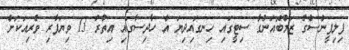
ފިލިޕީންސްގެ ޒަމްބޮއަންގާ ސިޓީގައި ހިނގައިދިޔަ އެ ހާދިސާގައި އިތުރު 13 ވިޔަފާރި ވެރިއަކަށް